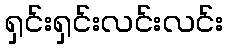
ရှင်းရှင်းလင်းလင်း